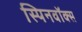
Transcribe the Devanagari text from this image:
स्पिनवॉक्स